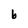
Character: b